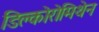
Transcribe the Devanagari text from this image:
डिक्लोरोमिथेन